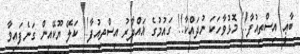
ބާޢީ އިސްތިއުފާ!! މޮޅުވާހަކަ ނުދައްކާ!! ގައުމުގެ ޣައްދާރު އިސްތިއުފާ!! ކަލޭ ޔޫކޭއިން ގަނެފައިވާ